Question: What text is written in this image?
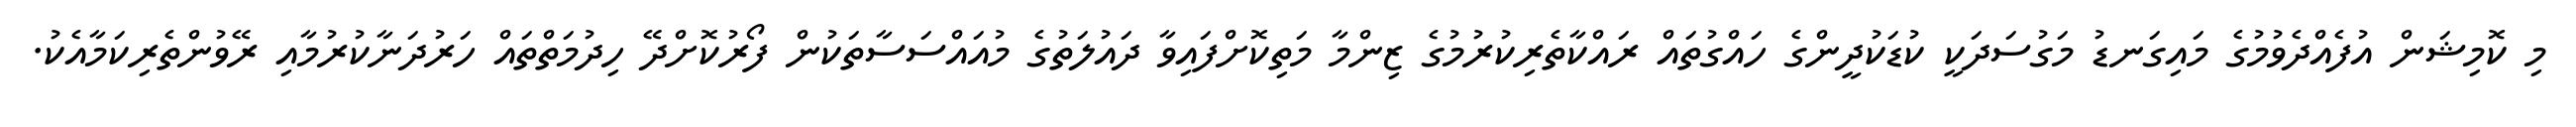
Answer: މި ކޮމިޝަން އުފެއްދެވުމުގެ މައިގަނޑު މަގުސަދަކީ ކުޑަކުދީންގެ ހައްގުތައް ރައްކާތެރިކުރުމުގެ ޒިންމާ މަތިކޮށްފައިވާ ދައުލަތުގެ މުއައްސަސާތަކުން ފޯރުކޮށްދޭ ހިދުމަތްތައް ހަރުދަނާކުރުމާއި ރޭވުންތެރިކަމާއެކު.